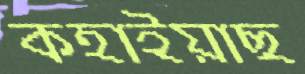
কহাইয়াছ